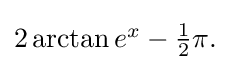
{\textstyle 2\arctan e^{x}-{\tfrac {1}{2}}\pi .}